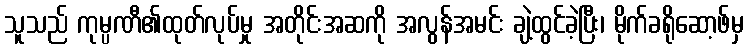
သူသည် ကုမ္ပဏီ၏ထုတ်လုပ်မှု အတိုင်းအဆကို အလွန်အမင်း ချဲ့ထွင်ခဲ့ပြီး၊ မိုက်ခရိုဆော့ဖ်မှ